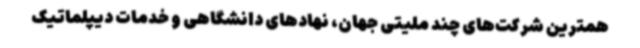
همترین شرکت‌های چند ملیتی جهان، نهادهای دانشگاهی و خدمات دیپلماتیک